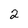
Character: 2